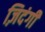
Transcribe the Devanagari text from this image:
ज़िदंगी